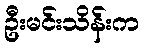
ဦးမင်းသိန်းက